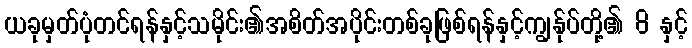
ယခုမှတ်ပုံတင်ရန်နှင့်သမိုင်း၏အစိတ်အပိုင်းတစ်ခုဖြစ်ရန်နှင့်ကျွန်ုပ်တို့၏ 8 နှင့်